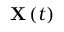
\mathbf { X } \left( t \right)